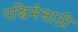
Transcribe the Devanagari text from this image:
पश्चिमेसाठी